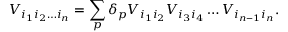
V _ { i _ { 1 } i _ { 2 } \ldots i _ { n } } = \sum _ { p } \delta _ { p } V _ { i _ { 1 } i _ { 2 } } V _ { i _ { 3 } i _ { 4 } } \ldots V _ { i _ { n - 1 } i _ { n } } .